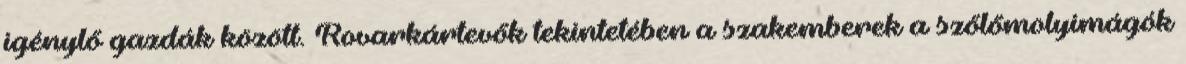
igénylő gazdák között. Rovarkártevők tekintetében a szakemberek a szőlőmolyimágók